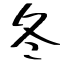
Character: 冬